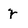
Character: r